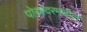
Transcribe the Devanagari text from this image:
पोरबंदरमधील